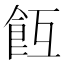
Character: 𩚢